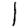
Digit: 1